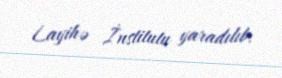
Layihə İnstitutu yaradılıb.